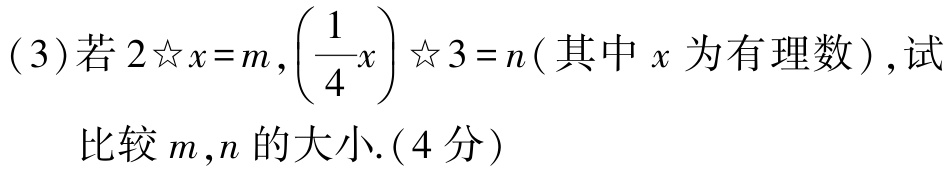
(3)若\(2☆x = m,\left(\dfrac{1}{4}x\right)☆3 = n\)(其中\(x\)为有理数),试

比较\(m,n\)的大小.(4分)